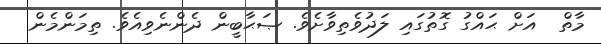
މާތް  އަށް ޙައްގު ގޮތުގައި ލަދުވެތިވާށެވެ. ޞަޙާބީން ދެންނެވިއެވެ. ތިމަންމެން